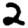
Digit: 2